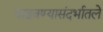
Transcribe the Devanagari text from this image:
वाढवण्यासंदर्भातले